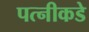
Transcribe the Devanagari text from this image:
पत्नीकडे